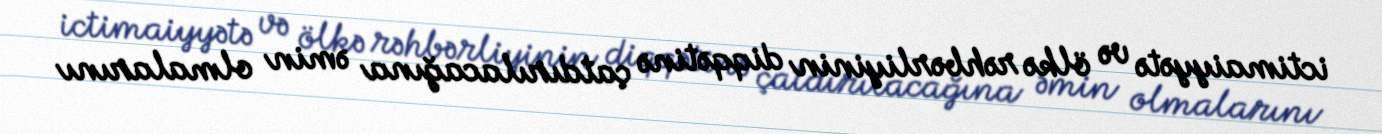
ictimaiyyətə və ölkə rəhbərliyinin diqqətinə çatdırılacağına əmin olmalarını